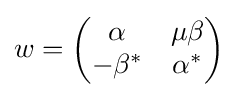
w=\left({\begin{matrix}\alpha &\mu \beta \\-\beta ^{*}&\alpha ^{*}\end{matrix}}\right)